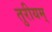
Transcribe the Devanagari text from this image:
तुरीयम्